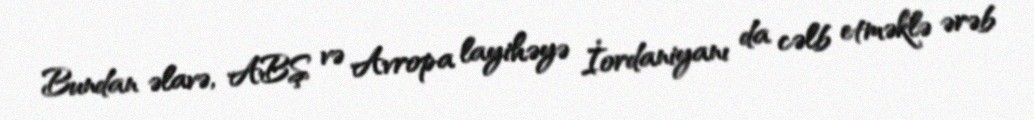
Bundan əlavə, ABŞ və Avropa layihəyə İordaniyanı da cəlb etməklə ərəb